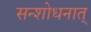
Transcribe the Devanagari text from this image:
सन्शोधनात्